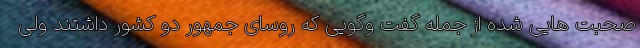
صحبت هایی شده از جمله گفت وگویی که روسای جمهور دو کشور داشتند ولی